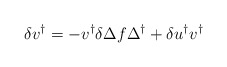
\begin{align*} \delta v^\dagger = - v^\dagger \delta \Delta f \Delta^\dagger + \delta u^\dagger v^\dagger\end{align*}